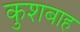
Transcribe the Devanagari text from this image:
कुशबाह